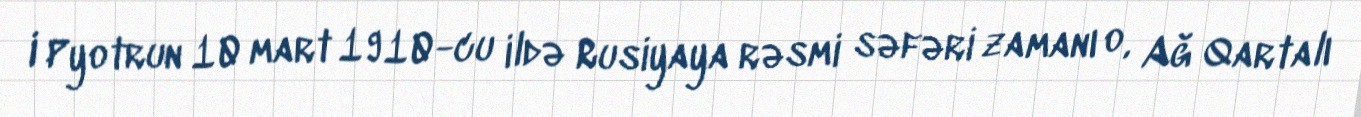
I Pyotrun 10 mart 1910-cu ildə Rusiyaya rəsmi səfəri zamanı o, Ağ Qartalı